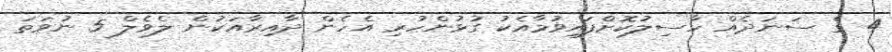
4 ގެ ސަނަދެއް ހާސިލުކޮށްފައިވުމާއެކު ގުޅުންހުރި އެހެން ދާއިރާއަކުން ލެވެލް 5 ނުވަތަ